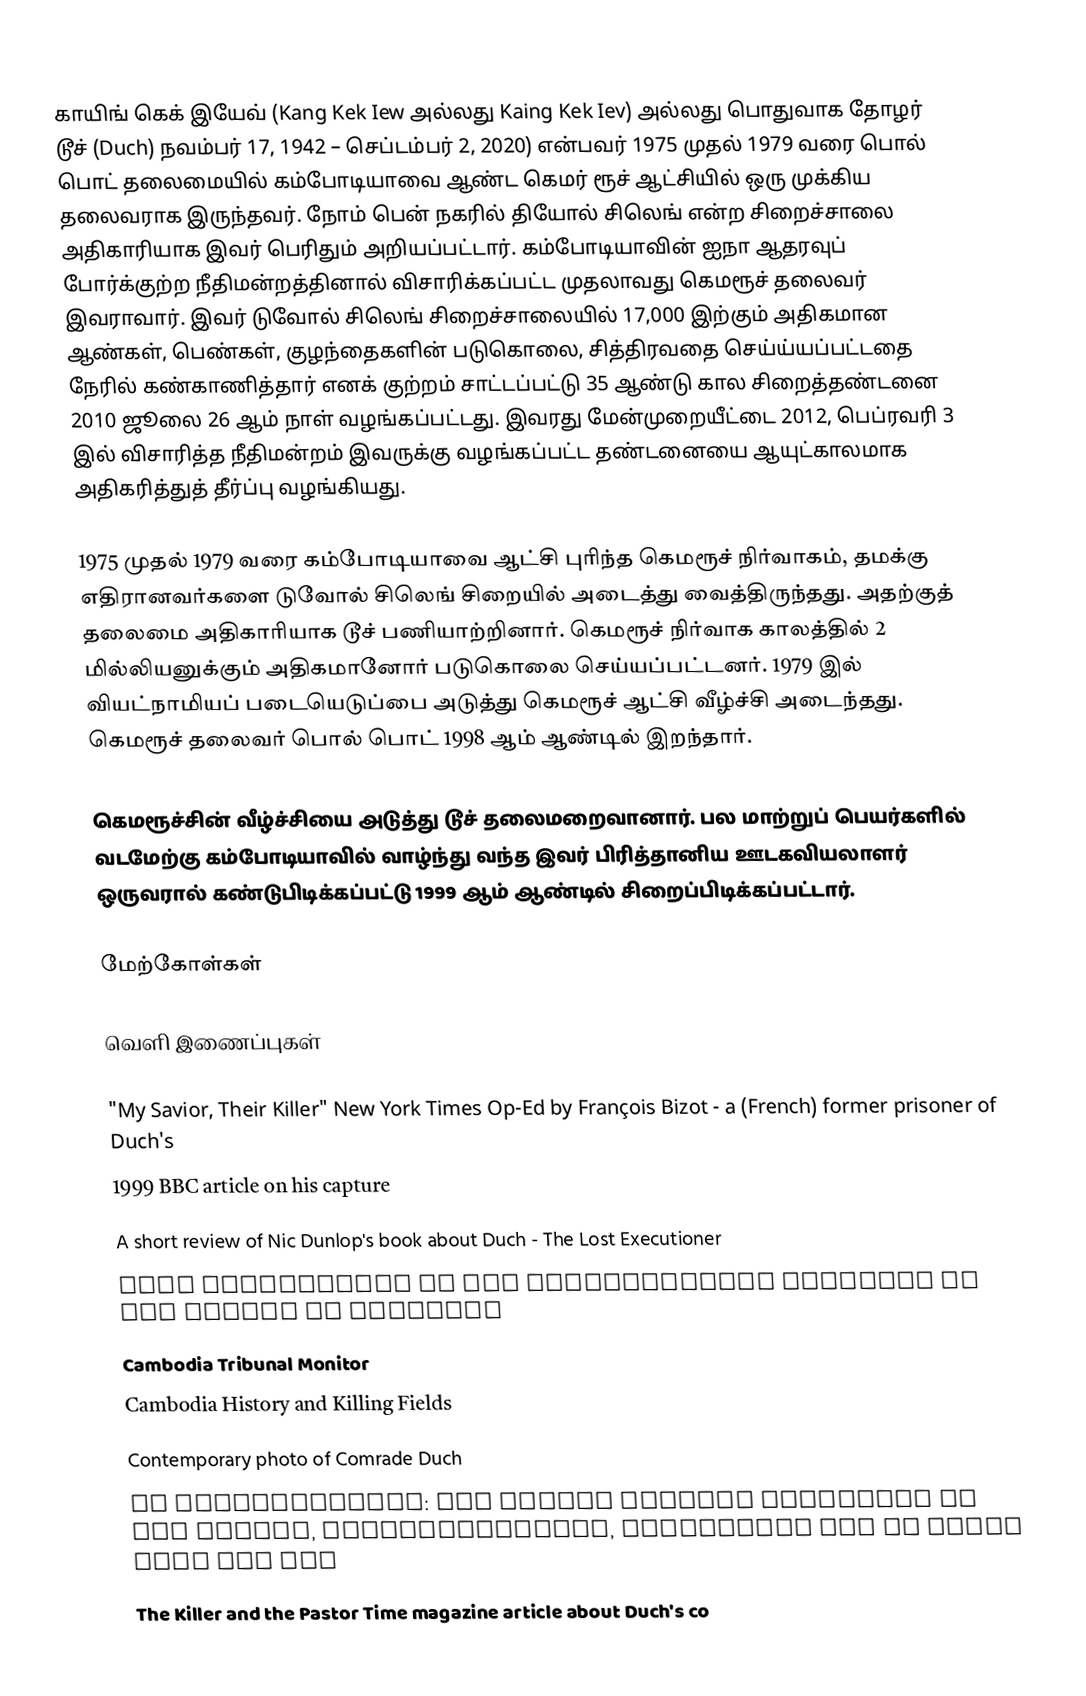
காயிங் கெக் இயேவ் (Kang Kek Iew அல்லது Kaing Kek Iev) அல்லது பொதுவாக தோழர் டூச் (Duch) நவம்பர் 17, 1942 – செப்டம்பர் 2, 2020) என்பவர் 1975 முதல் 1979 வரை பொல் பொட் தலைமையில் கம்போடியாவை ஆண்ட கெமர் ரூச் ஆட்சியில் ஒரு முக்கிய தலைவராக இருந்தவர். நோம் பென் நகரில் தியோல் சிலெங்  என்ற சிறைச்சாலை அதிகாரியாக இவர் பெரிதும் அறியப்பட்டார். கம்போடியாவின் ஐநா ஆதரவுப் போர்க்குற்ற நீதிமன்றத்தினால் விசாரிக்கப்பட்ட முதலாவது கெமரூச் தலைவர் இவராவார். இவர் டுவோல் சிலெங் சிறைச்சாலையில் 17,000 இற்கும் அதிகமான ஆண்கள், பெண்கள், குழந்தைகளின் படுகொலை, சித்திரவதை செய்ய்யப்பட்டதை நேரில் கண்காணித்தார் எனக் குற்றம் சாட்டப்பட்டு 35 ஆண்டு கால சிறைத்தண்டனை 2010 ஜூலை 26 ஆம் நாள் வழங்கப்பட்டது. இவரது மேன்முறையீட்டை 2012, பெப்ரவரி 3 இல் விசாரித்த நீதிமன்றம் இவருக்கு வழங்கப்பட்ட தண்டனையை ஆயுட்காலமாக அதிகரித்துத் தீர்ப்பு வழங்கியது.

1975 முதல் 1979 வரை கம்போடியாவை ஆட்சி புரிந்த கெமரூச் நிர்வாகம், தமக்கு எதிரானவர்களை டுவோல் சிலெங் சிறையில் அடைத்து வைத்திருந்தது. அதற்குத் தலைமை அதிகாரியாக டூச் பணியாற்றினார். கெமரூச் நிர்வாக காலத்தில் 2 மில்லியனுக்கும் அதிகமானோர் படுகொலை செய்யப்பட்டனர். 1979 இல் வியட்நாமியப் படையெடுப்பை அடுத்து கெமரூச் ஆட்சி வீழ்ச்சி அடைந்தது. கெமரூச் தலைவர் பொல் பொட் 1998 ஆம் ஆண்டில் இறந்தார்.

கெமரூச்சின் வீழ்ச்சியை அடுத்து டூச் தலைமறைவானார். பல மாற்றுப் பெயர்களில் வடமேற்கு கம்போடியாவில் வாழ்ந்து வந்த இவர் பிரித்தானிய ஊடகவியலாளர் ஒருவரால் கண்டுபிடிக்கப்பட்டு 1999 ஆம் ஆண்டில் சிறைப்பிடிக்கப்பட்டார்.

மேற்கோள்கள்

வெளி இணைப்புகள்

 "My Savior, Their Killer" New York Times Op-Ed by François Bizot - a (French) former prisoner of Duch's
 1999 BBC article on his capture
 A short review of Nic Dunlop's book about Duch - The Lost Executioner
 Case information at the Extraordinary Chambers in the Courts of Cambodia
 Cambodia Tribunal Monitor
 Cambodia History and Killing Fields
 Contemporary photo of Comrade Duch
 IT Conversations: Nic Dunlop Podcast interview of Nic Dunlop, Photojournalist, discussing how he found Kang Kek Iew
 The Killer and the Pastor  Time magazine article about Duch's co